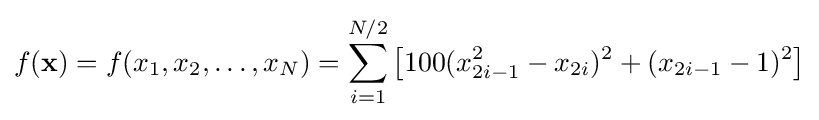
f(\mathbf {x} )=f(x_{1},x_{2},\dots ,x_{N})=\sum _{i=1}^{N/2}\left[100(x_{2i-1}^{2}-x_{2i})^{2}+(x_{2i-1}-1)^{2}\right]